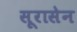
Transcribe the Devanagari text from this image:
सूरासेन